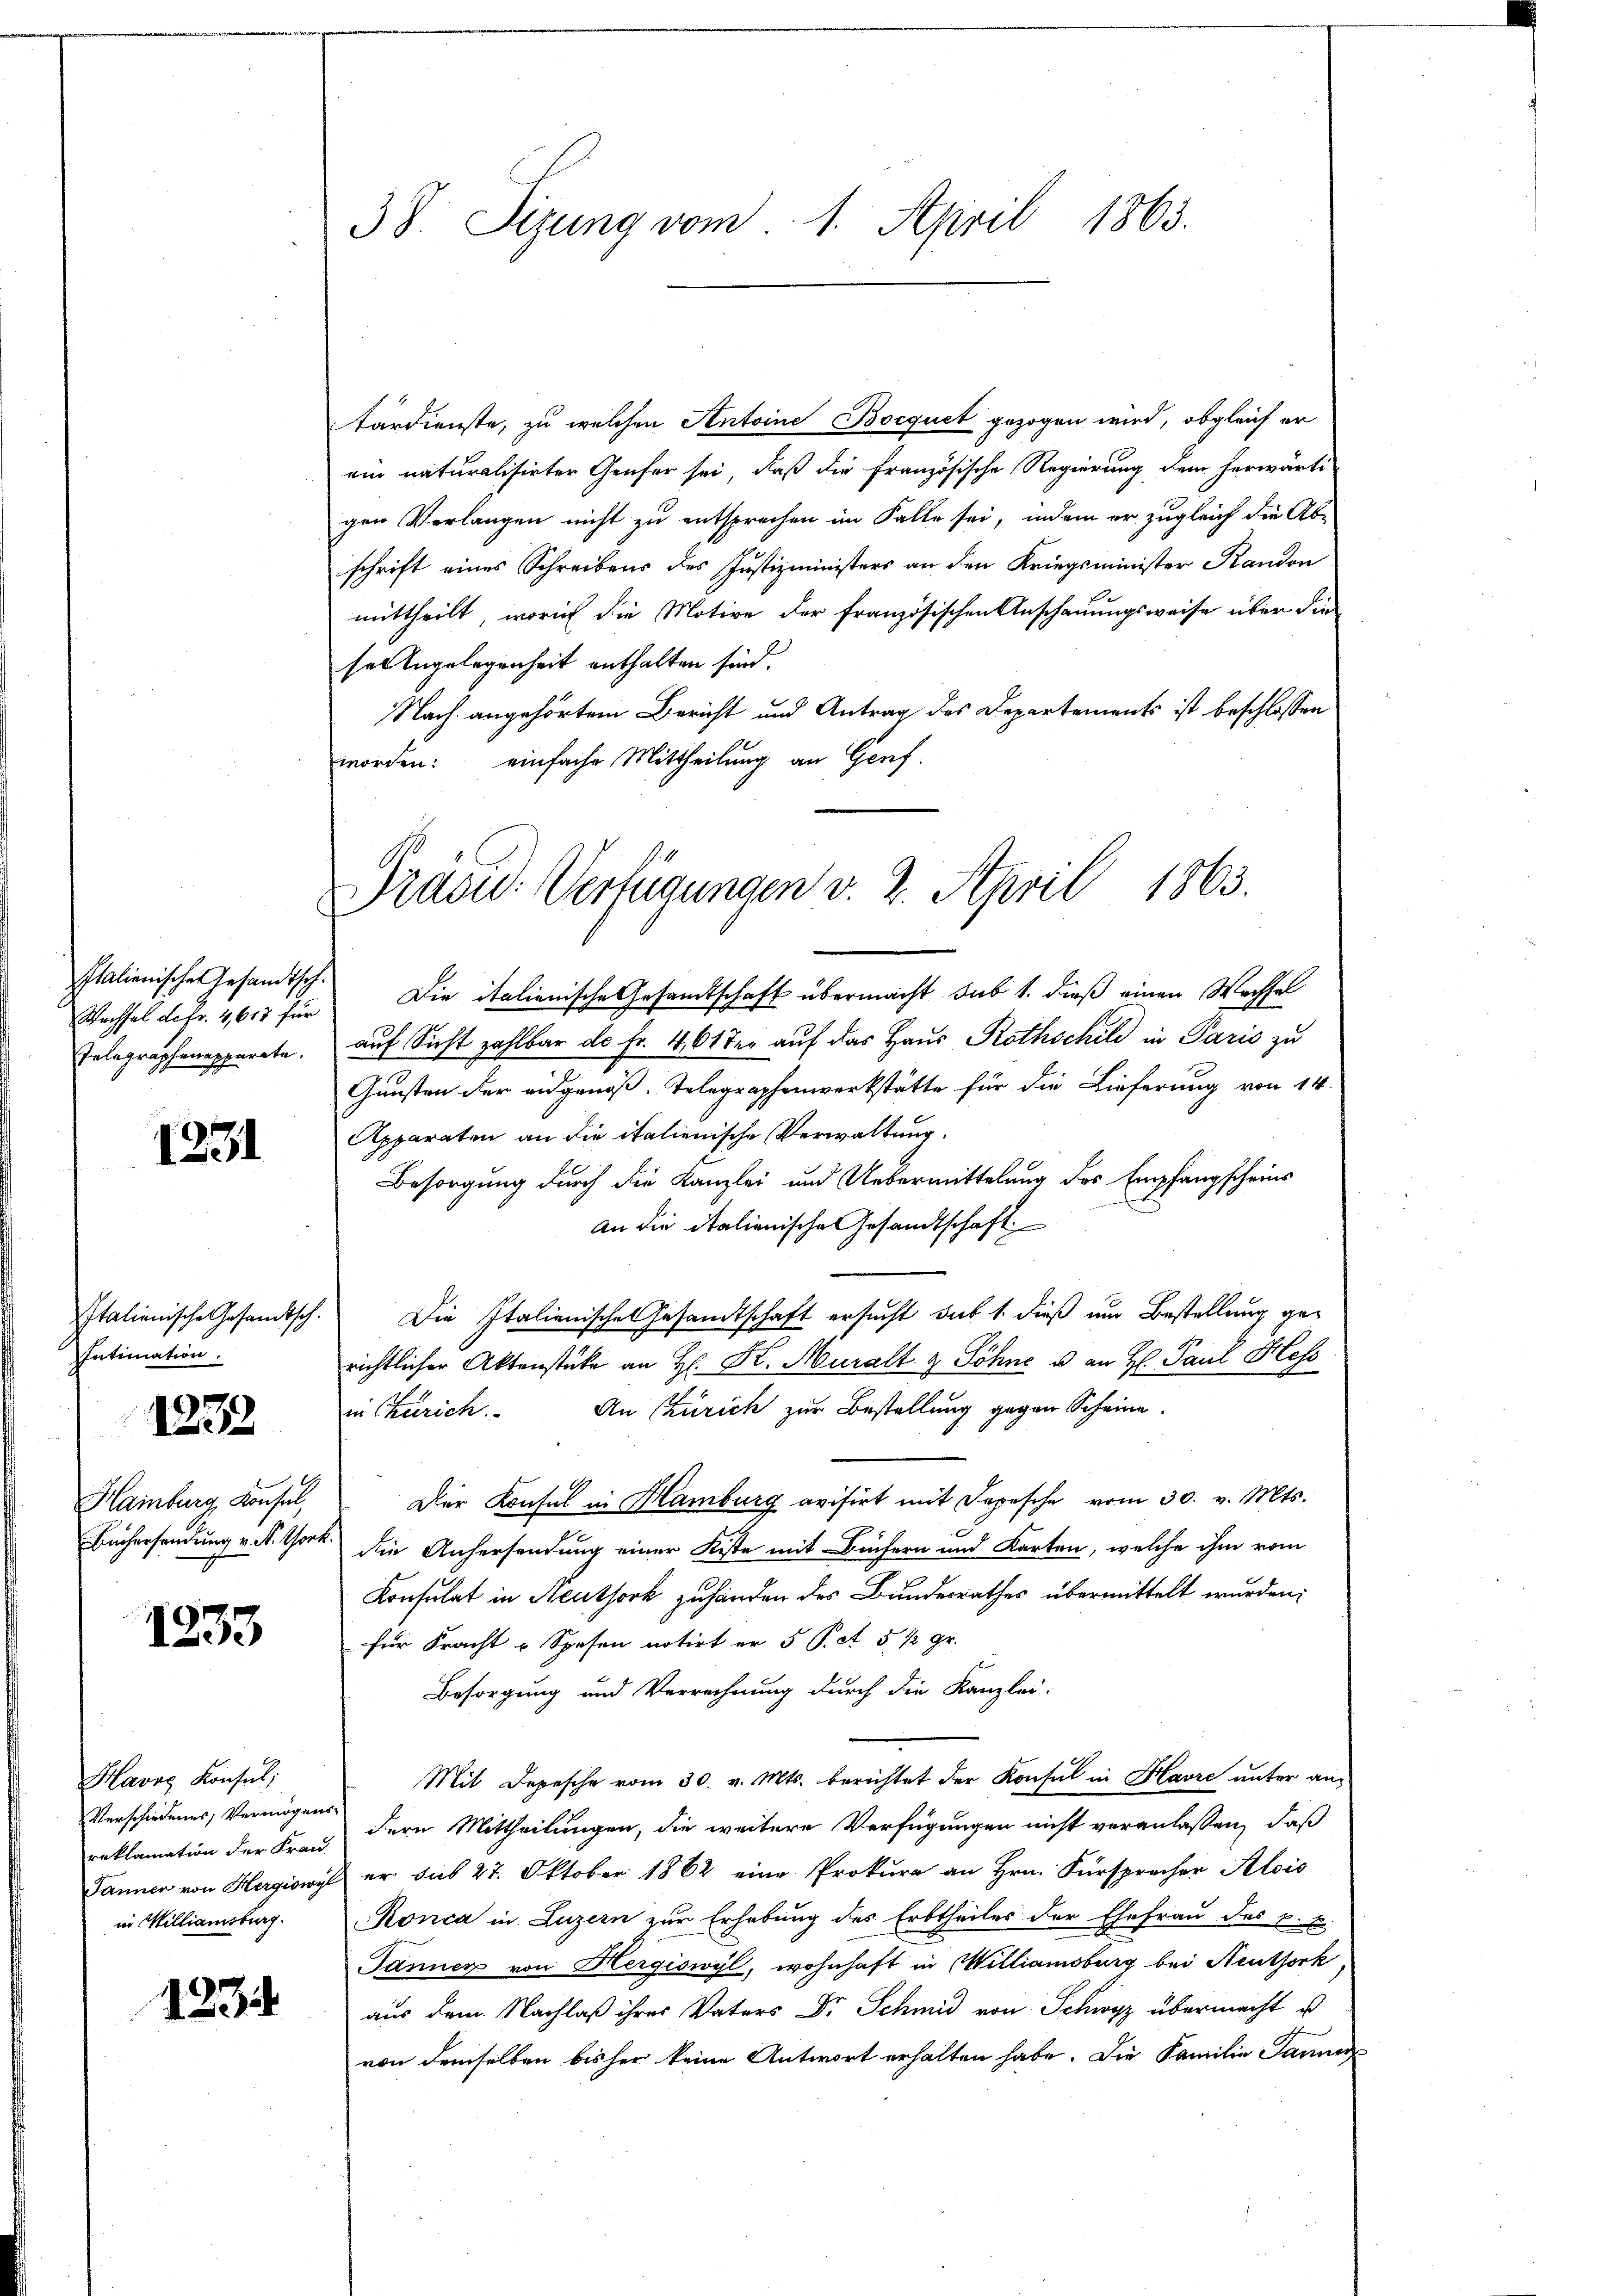
Italienisches Gesandtsche
Wechsel de fr. 4,617 für

1231

Intimation.

1232

Hainburg, Konsul,
Büchersendung v. N. York.

1233

Havre Konsul,
Verschiedenes, Vermögens-
in Milliamsburg.

1234

38. Sizung vom 1. April 1863.

tärdienste, zu welchen Antoine Bocquet gezogen wird, obgleich er
ein naturalisirter Genfer sei, daß die französische Regierung dem herwärti-
gen Verlangen nicht zu entsprechen im Falle sei, indem er zugleich die Ab-
schrift eines Schreibens des Justizministers an den Kriegsminister Randon
mittheilt, worin die Motive der französischen Anschauungsweise über die
sel Angelegenheit enthalten sind.
Nach angehörtem Bericht und Antrag des Departements ist beschlossen
worden: einfache Mittheilung an Genf.
Die italienische Gesamtschaft übermacht. sub 1. dieß einen Wachsel
Telegraphenapperate. auf Sicht zahlbar ds Fr. 461 der auf das Haus Rothschild in Paris zu
Gunsten der eidgenöß. Telegraphenwerkstätte für die Lieferung von 14.
Apparaten an die italienische Verwaltung.
Besorgung durch die Kanzlei und Uebermittelung des Empfangscheins
an die italienische Gesandtschaft
Italienische Gesandtsch. Die Italienisches Gesamtschaft ersucht das 1. dieß um Bestellung gerichtlicher Aktenstücke an H. K. Muralt & Söhne u. an H. Paul Hess
An Czürich zur Bestellung gegen Scheine
in Zürich.
Der Konsul in Hamburg avisirt mit Depesche vom 30. v. Mts.
die Anhersendung einer Kiste mit Benfern und Karten, welche ihm vom
Konsulat in Neuthork zuhänden des Bundesrathes übermittelt wurden;
für Fracht u Spesen notirt er 5 P. t 5 ½ gr.
Besorgung und Verrechnung durch die Kanzlei-
Mit Depesche vom 30. v. Mts. berichtet der Konsul in Havre unter anreklamation der Frau dern Mittheilungen, die weitere Verfügungen nicht veranlassen, daß
Panner von Hergiswyl er sub 27. Oktober 1862 eine Prokura an Hrn. Fürsprecher Alois
Ronca in Luzern zur Erhebung des Erbtheiles der Ehefrau des k. k.
Jänner von Hergiswyl, wohnhaft in Williamsburg bei Neuthork,
aus dem Nachlaß ihres Vaters Dr. Schmid von Schwyz übermacht u
von demselben bisher keine Antwort erhalten habe. Die Familie Janner

Dracid: Verfügungen v. 2. April 1863.